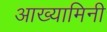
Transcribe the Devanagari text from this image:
आख्यामिनी